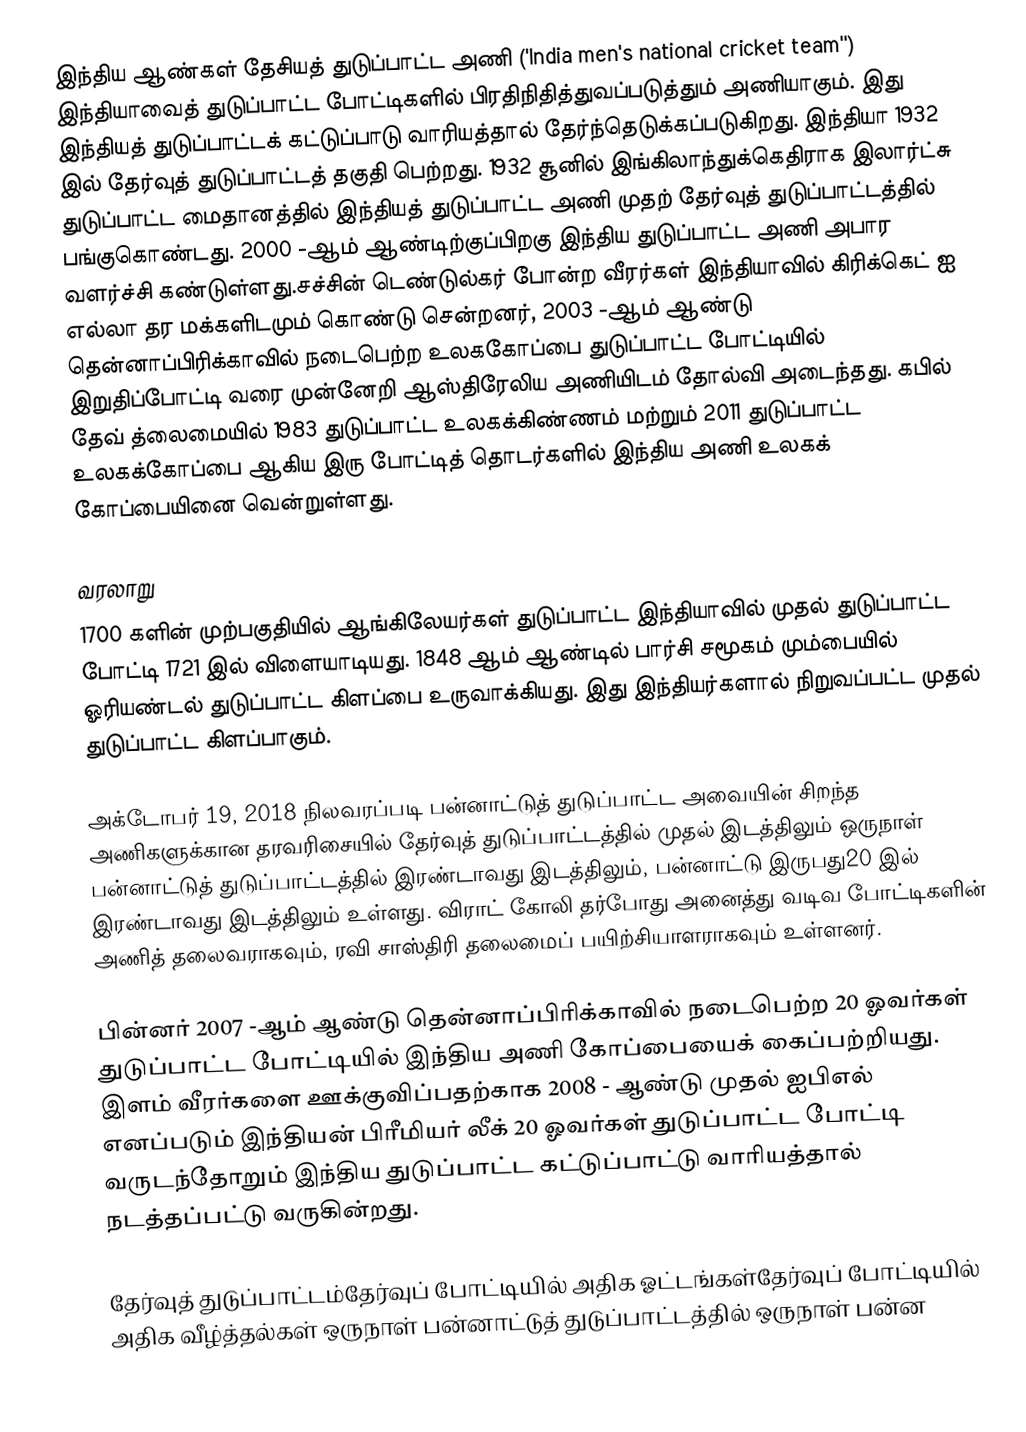
இந்திய ஆண்கள் தேசியத் துடுப்பாட்ட அணி ('India men's national cricket team'') இந்தியாவைத் துடுப்பாட்ட போட்டிகளில் பிரதிநிதித்துவப்படுத்தும் அணியாகும். இது இந்தியத் துடுப்பாட்டக் கட்டுப்பாடு வாரியத்தால் தேர்ந்தெடுக்கப்படுகிறது. இந்தியா 1932 இல் தேர்வுத் துடுப்பாட்டத் தகுதி பெற்றது. 1932 சூனில் இங்கிலாந்துக்கெதிராக இலார்ட்சு துடுப்பாட்ட மைதானத்தில் இந்தியத் துடுப்பாட்ட அணி முதற் தேர்வுத் துடுப்பாட்டத்தில் பங்குகொண்டது. 2000 -ஆம் ஆண்டிற்குப்பிறகு இந்திய துடுப்பாட்ட அணி அபார வளர்ச்சி கண்டுள்ளது.சச்சின் டெண்டுல்கர் போன்ற வீரர்கள் இந்தியாவில் கிரிக்கெட் ஐ எல்லா தர மக்களிடமும் கொண்டு சென்றனர், 2003 -ஆம் ஆண்டு தென்னாப்பிரிக்காவில் நடைபெற்ற உலககோப்பை துடுப்பாட்ட போட்டியில் இறுதிப்போட்டி வரை முன்னேறி ஆஸ்திரேலிய அணியிடம் தோல்வி அடைந்தது. கபில் தேவ் த்லைமையில் 1983 துடுப்பாட்ட உலகக்கிண்ணம் மற்றும் 2011 துடுப்பாட்ட உலகக்கோப்பை ஆகிய இரு போட்டித் தொடர்களில் இந்திய அணி உலகக் கோப்பையினை வென்றுள்ளது.

 வரலாறு
1700 களின் முற்பகுதியில் ஆங்கிலேயர்கள் துடுப்பாட்ட இந்தியாவில் முதல் துடுப்பாட்ட போட்டி 1721 இல் விளையாடியது. 1848 ஆம் ஆண்டில் பார்சி சமூகம் மும்பையில்  ஓரியண்டல் துடுப்பாட்ட கிளப்பை உருவாக்கியது. இது இந்தியர்களால் நிறுவப்பட்ட முதல் துடுப்பாட்ட கிளப்பாகும்.

அக்டோபர் 19, 2018 நிலவரப்படி பன்னாட்டுத் துடுப்பாட்ட அவையின் சிறந்த அணிகளுக்கான தரவரிசையில்  தேர்வுத் துடுப்பாட்டத்தில் முதல் இடத்திலும் ஒருநாள் பன்னாட்டுத் துடுப்பாட்டத்தில் இரண்டாவது இடத்திலும், பன்னாட்டு இருபது20 இல் இரண்டாவது இடத்திலும் உள்ளது. விராட் கோலி தர்போது அனைத்து வடிவ போட்டிகளின் அணித் தலைவராகவும், ரவி சாஸ்திரி தலைமைப் பயிற்சியாளராகவும் உள்ளனர்.

பின்னர் 2007 -ஆம் ஆண்டு தென்னாப்பிரிக்காவில் நடைபெற்ற 20 ஓவர்கள் துடுப்பாட்ட போட்டியில் இந்திய அணி கோப்பையைக் கைப்பற்றியது. இளம் வீரர்களை ஊக்குவிப்பதற்காக 2008 - ஆண்டு முதல் ஐபிஎல் எனப்படும் இந்தியன் பிரீமியர் லீக் 20 ஓவர்கள் துடுப்பாட்ட போட்டி வருடந்தோறும் இந்திய துடுப்பாட்ட கட்டுப்பாட்டு வாரியத்தால்  நடத்தப்பட்டு வருகின்றது.

தேர்வுத் துடுப்பாட்டம்தேர்வுப் போட்டியில் அதிக ஓட்டங்கள்தேர்வுப் போட்டியில் அதிக வீழ்த்தல்கள் ஒருநாள் பன்னாட்டுத் துடுப்பாட்டத்தில் ஒருநாள் பன்ன